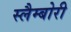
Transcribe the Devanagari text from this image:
स्लैम्बोरी